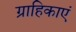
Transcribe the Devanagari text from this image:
ग्राहिकाएं